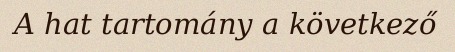
A hat tartomány a következő